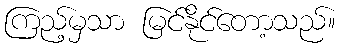
ကြည့်မှသာ မြင်နိုင်တော့သည်။